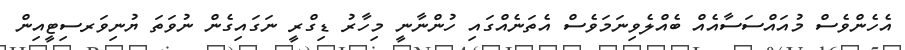
އެހެންވެސް މުއައްސަސާއެއް ބެއްލެވިނަމަވެސް އެތަނެއްގައި ހުންނާނީ މިހާރު ޑިގްރީ ނަގައިގެން ނުވަތަ ޔުނިވަރސިޓީއިން